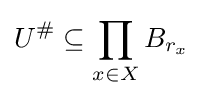
U^{\#}\subseteq \prod _{x\in X}B_{r_{x}}